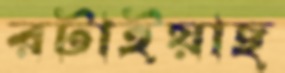
রটাইয়াছ